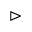
\vartriangleright